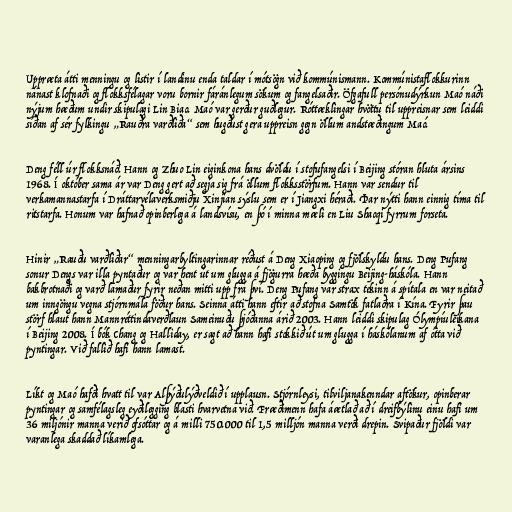
Uppræta átti menningu og listir í landinu enda taldar í mótsögn við kommúnismann. Kommúnistaflokkurinn
nánast klofnaði og flokksfélagar voru bornir fáránlegum sökum og fangelsaðir. Öfgafull persónudýrkun Maó náði
nýjum hæðum undir skipulagi Lin Biao. Maó var gerður guðlegur. Róttæklingar hvöttu til uppreisnar sem leiddi
síðan af sér fylkingu „Rauðra varðliða“ sem hugðust gera uppreisn gegn öllum andstæðingum Maó.

Deng féll úr flokksnáð. Hann og Zhuo Lin eiginkona hans dvöldu í stofufangelsi í Beijing stóran hluta ársins
1968. Í október sama ár var Deng gert að segja sig frá öllum flokksstörfum. Hann var sendur til
verkamannastarfa í Dráttarvélaverksmiðju Xinjian sýslu sem er í Jiangxi héraði. Þar nýtti hann einnig tíma til
ritstarfa. Honum var hafnað opinberlega á landsvísu, en þó í minna mæli en Liu Shaoqi fyrrum forseta.

Hinir „Rauðu varðliðar“ menningarbyltingarinnar réðust á Deng Xiaoping og fjölskyldu hans. Deng Pufang
sonur Dengs var illa pyntaður og var hent út um glugga á fjögurra hæða byggingu Beijing-háskóla. Hann
bakbrotnaði og varð lamaður fyrir neðan mitti upp frá því. Deng Pufang var strax tekinn á spítala en var neitað
um inngöngu vegna stjórnmála föður hans. Seinna átti hann eftir að stofna Samtök fatlaðra í Kína. Fyrir þau
störf hlaut hann Mannréttindaverðlaun Sameinuðu þjóðanna árið 2003. Hann leiddi skipulag Ólympíuleikana
í Beijing 2008. Í bók Chang og Halliday, er sagt að hann hafi stokkið út um glugga í háskólanum af ótta við
pyntingar. Við fallið hafi hann lamast.

Líkt og Maó hafði hvatt til var Alþýðulýðveldið í upplausn. Stjórnleysi, tilviljanakenndar aftökur, opinberar
pyntingar og samfélagsleg eyðilegging blasti hvarvetna við. Fræðimenn hafa áætlað að í dreifbýlinu einu hafi um
36 miljónir manna verið ofsóttar og á milli 750.000 til 1,5 milljón manna verði drepin. Svipaður fjöldi var
varanlega skaddað líkamlega.